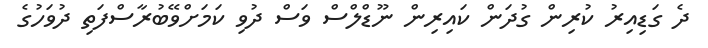
ދެ ގަޑިއިރު ކުރިން ގުދަން ކައިރިން ނޫޑްލްސް ވަސް ދުވި ކަމަށްވޭބުރާސްފަތި ދުވަހުގެ